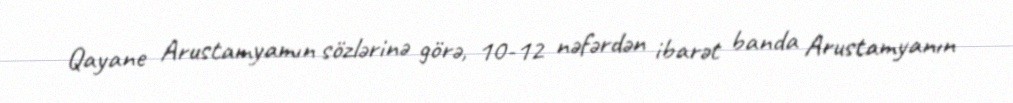
Qayane Arustamyamın sözlərinə görə, 10-12 nəfərdən ibarət banda Arustamyanın